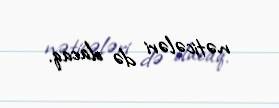
nəticələri də olacaq.